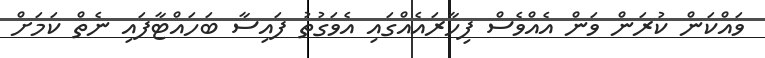
ވައްކަން ކުރަން ވަން އެއްވެސް ފިހާރައެއްގައި އެވަގުތު ފައިސާ ބަހައްޓާފައި ނެތް ކަމަށް